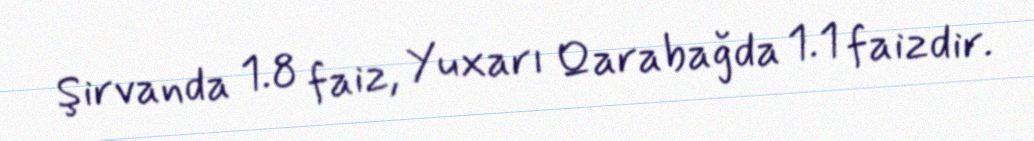
Şirvanda 1.8 faiz, Yuxarı Qarabağda 1.1 faizdir.